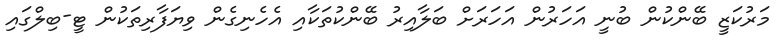
މަރުކަޒީ ބޭންކުން ބުނީ އަހަރުން އަހަރަށް ބަލާއިރު ބޭންކުތަކާއި އެހެނިގެން ވިޔަފާރިތަކުން ޓީ-ބިލްގައި